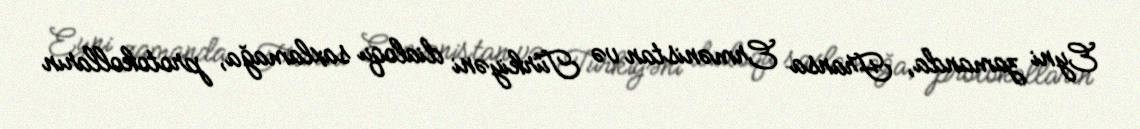
Eyni zamanda, Fransa Ermənistan və Türkiyəni dialoqu saxlamağa, protokolların